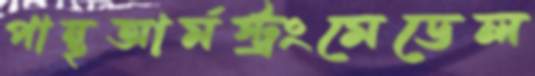
পান্থআর্মস্ট্রংমেডেল